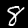
Digit: 8